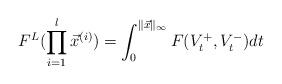
LaTeX: \begin{align*}F^L(\prod_{i=1}^l\vec x^{(i)}) = \int_0^{\|\vec x\|_\infty} F(V_t^+,V_t^-)dt\end{align*}